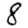
Digit: 8